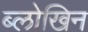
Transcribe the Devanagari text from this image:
ब्लोखिन